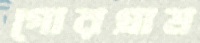
গোরগ্রাম